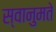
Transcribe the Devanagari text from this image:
स्वानुमते